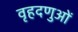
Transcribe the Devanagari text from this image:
वृहदणुओं